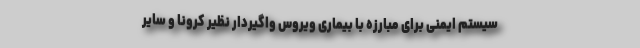
سیستم ایمنی برای مبارزه با بیماری ویروس واگیردار نظیر کرونا و سایر